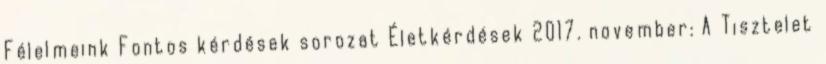
Félelmeink Fontos kérdések sorozat Életkérdések 2017. november: A Tisztelet